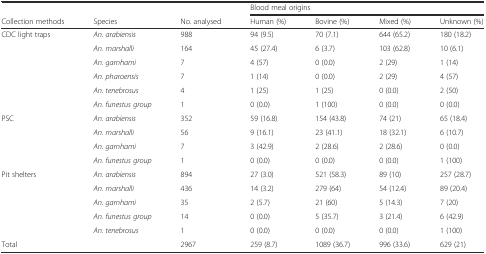
<table><thead><tr><td></td><td></td><td></td><td colspan="4"><b>Blood meal origins</b></td></tr><tr><td><b>Collection methods</b></td><td><b>Species</b></td><td><b>No. analysed</b></td><td><b>Human (%)</b></td><td><b>Bovine (%)</b></td><td><b>Mixed (%)</b></td><td><b>Unknown (%)</b></td></tr></thead><tbody><tr><td rowspan="6">CDC light traps</td><td><i>An. arabiensis</i></td><td>988</td><td>94 (9.5)</td><td>70 (7.1)</td><td>644 (65.2)</td><td>180 (18.2)</td></tr><tr><td><i>An. marshalli</i></td><td>164</td><td>45 (27.4)</td><td>6 (3.7)</td><td>103 (62.8)</td><td>10 (6.1)</td></tr><tr><td><i>An. garnhami</i></td><td>7</td><td>4 (57)</td><td>0 (0.0)</td><td>2 (29)</td><td>1 (14)</td></tr><tr><td><i>An. pharoensis</i></td><td>7</td><td>1 (14)</td><td>0 (0.0)</td><td>2 (29)</td><td>4 (57)</td></tr><tr><td><i>An. tenebrosus</i></td><td>4</td><td>1 (25)</td><td>1 (25)</td><td>0 (0.0)</td><td>2 (50)</td></tr><tr><td><i>An. funestus group</i></td><td>1</td><td>0 (0.0)</td><td>1 (100)</td><td>0 (0.0)</td><td>0 (0.0)</td></tr><tr><td rowspan="4">PSC</td><td><i>An. arabiensis</i></td><td>352</td><td>59 (16.8)</td><td>154 (43.8)</td><td>74 (21)</td><td>65 (18.4)</td></tr><tr><td><i>An. marshalli</i></td><td>56</td><td>9 (16.1)</td><td>23 (41.1)</td><td>18 (32.1)</td><td>6 (10.7)</td></tr><tr><td><i>An. garnhami</i></td><td>7</td><td>3 (42.9)</td><td>2 (28.6)</td><td>2 (28.6)</td><td>0 (0.0)</td></tr><tr><td><i>An. funestus group</i></td><td>1</td><td>0 (0.0)</td><td>0 (0.0)</td><td>0 (0.0)</td><td>1 (100)</td></tr><tr><td rowspan="5">Pit shelters</td><td><i>An. arabiensis</i></td><td>894</td><td>27 (3.0)</td><td>521 (58.3)</td><td>89 (10)</td><td>257 (28.7)</td></tr><tr><td><i>An. marshalli</i></td><td>436</td><td>14 (3.2)</td><td>279 (64)</td><td>54 (12.4)</td><td>89 (20.4)</td></tr><tr><td><i>An. garnhami</i></td><td>35</td><td>2 (5.7)</td><td>21 (60)</td><td>5 (14.3)</td><td>7 (20)</td></tr><tr><td><i>An. funestus group</i></td><td>14</td><td>0 (0.0)</td><td>5 (35.7)</td><td>3 (21.4)</td><td>6 (42.9)</td></tr><tr><td><i>An. tenebrosus</i></td><td>1</td><td>0 (0.0)</td><td>0 (0.0)</td><td>0 (0.0)</td><td>1 (100)</td></tr><tr><td>Total</td><td></td><td>2967</td><td>259 (8.7)</td><td>1089 (36.7)</td><td>996 (33.6)</td><td>629 (21)</td></tr></tbody></table>